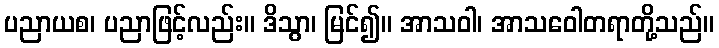
ပညာယစ၊ ပညာဖြင့်လည်း။ ဒိသွာ၊ မြင်၍။ အာသဝါ၊ အာသဝေါတရာတို့သည်။